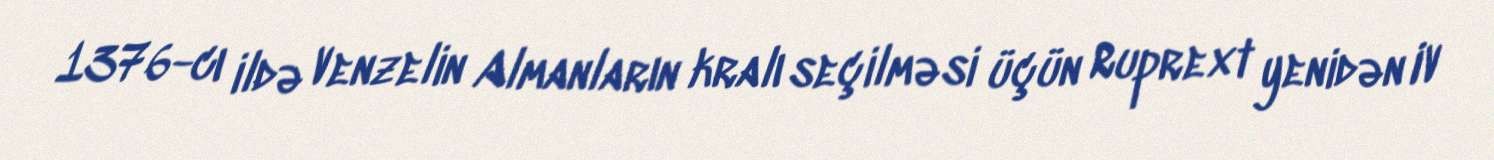
1376-cı ildə Venzelin Almanların kralı seçilməsi üçün Ruprext yenidən IV